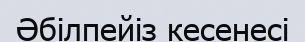
Әбілпейіз кесенесі